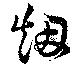
烟